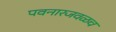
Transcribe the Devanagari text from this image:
पवनारजवळच